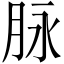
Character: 脉